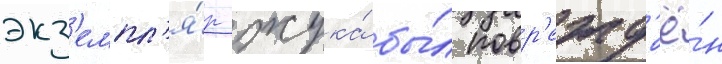
экз'емпл'я́р жука́ бы́л повр'ежд'ё́н